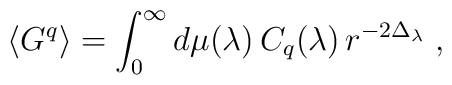
\big\langle G^q \big\rangle = \int_0^\infty d\mu(\lambda)	\, C_q(\lambda) \, r^{-2\Delta_\lambda} \;,